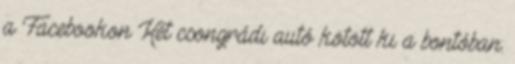
a Facebookon Két csongrádi autó kötött ki a bontóban: